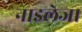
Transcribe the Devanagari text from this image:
नाइलेजा